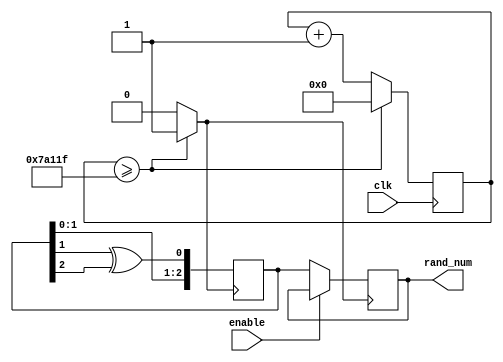
module Random_generator
(
	input clk, 
	input enable, 
	output reg[2:0] rand_num
);

reg[2:0]LFSR;
wire clk_100hz;
reg [18:0]cnt;
initial
begin
	LFSR = 3'b100;
	cnt = 0;
end
// generate 100 HZ clock to blink the Dice fast when player run
// clock divider using a counter is responsible for it
always@(posedge clk)
	  if(cnt>=500000-1)
			cnt <= 0;
	  else
			cnt <= cnt + 1;
// 100 hz clock			
assign clk_100hz = (cnt>=500000-1)? 1'b1 : 1'b0;
// 3 bit linear feedback shift register running at 100 hz speed is used to generate random value 
always@(posedge clk_100hz)
	begin
	  LFSR[0] <= LFSR[1] ^ LFSR[2];
	  LFSR[2 : 1] <= LFSR[1 : 0];
	  if(!enable) // the output of the random number is latched when button is pressed
			rand_num <= LFSR;
	end
endmodule